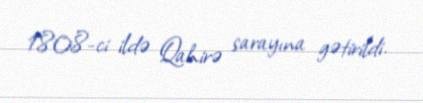
1808-ci ildə Qahirə sarayına gətirildi.